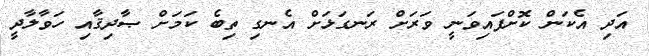
އަދި އެކަން ކޮށްފައިވަނީ ވަރަށް ރަނގަޅަށް އެނގި ތިބެ ކަމަށް ޞާދިޤާއި ހަވާލާދީ